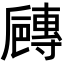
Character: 𡭐